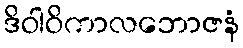
ဒိဝါဝိကာလဘောဇနံ